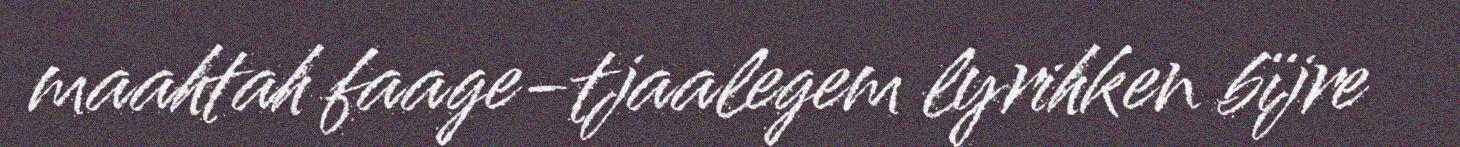
maahtah faage-tjaalegem lyrihken bïjre